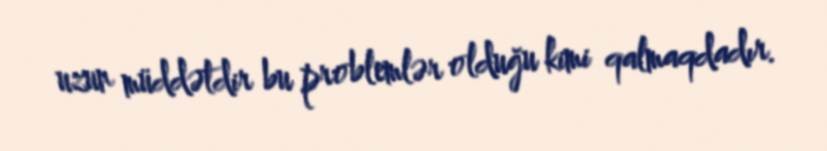
uzun müddətdir bu problemlər olduğu kimi qalmaqdadır.